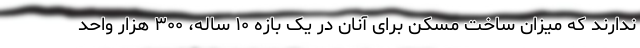
ندارند که میزان ساخت مسکن برای آنان در یک بازه ۱۰ ساله، ۳۰۰ هزار واحد